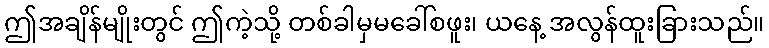
ဤအချိန်မျိုးတွင် ဤကဲ့သို့ တစ်ခါမှမခေါ်စဖူး၊ ယနေ့ အလွန်ထူးခြားသည်။